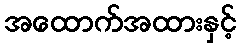
အထောက်အထားနှင့်